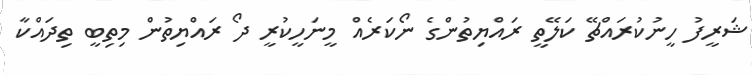
ޝަރީފު ހީނުކުރައްޗޭ ކަލޭތީ ރައްޔިތުންގެ ނޯކަރެއް މީނަހީކުރީ ދޯ ރައްޔިތުން މިތިބީ ތިދައްކާ